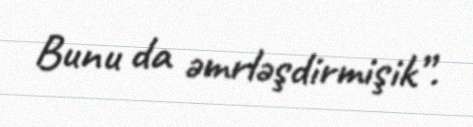
Bunu da əmrləşdirmişik”.